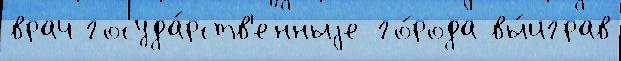
врач госуда́рств'енныjе го́рода вы́играв